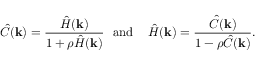
{ \hat { C } } ( \mathbf { k } ) = { \frac { { \hat { H } } ( \mathbf { k } ) } { 1 + \rho { \hat { H } } ( \mathbf { k } ) } } \, \, \, \, { \mathrm { a n d } } \, \, \, \, \, \, \, { \hat { H } } ( \mathbf { k } ) = { \frac { { \hat { C } } ( \mathbf { k } ) } { 1 - \rho { \hat { C } } ( \mathbf { k } ) } } .